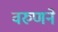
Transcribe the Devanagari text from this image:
वरुणने